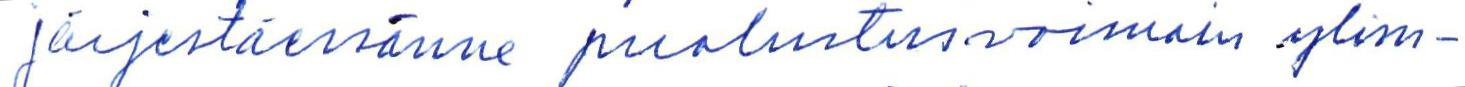
järjestäessänne puolustusvoimain ylim-